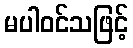
မပါဝင်သဖြင့်